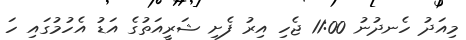
މިއަދު ހެނދުނު 11:00 ޖެހި އިރު ފެށި ޝަރީއަތުގެ އަޑު އެހުމުގައި ހަ